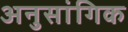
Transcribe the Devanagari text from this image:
अनुसांगिक